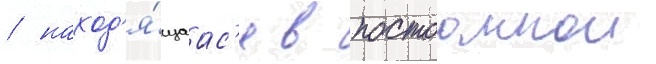
/ наход'я́щаас'я в постоаннои